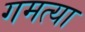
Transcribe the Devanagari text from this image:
गमत्या